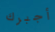
أجبرك